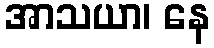
အာသယာ၊ နေ